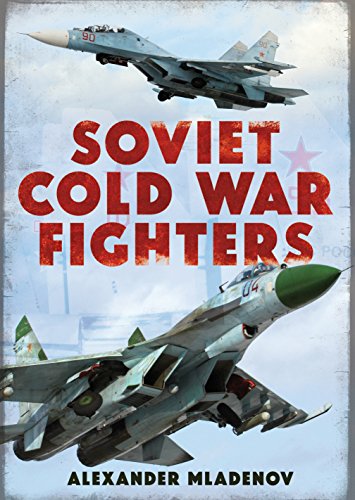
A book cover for Soviet Cold War Fighters; Alexander Mladenov; History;